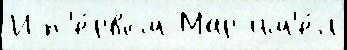
И п'е́рвом Мар им'е́л